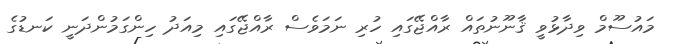
މައުސޫމް ވިދާޅުވީ ޤާނޫނުތައް ރާއްޖޭގައި ހުރި ނަމަވެސް ރާއްޖޭގައި މިއަދު ހިންގަމުންދަނީ ކަނޑުގެ